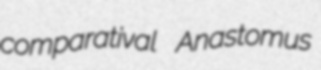
comparatival Anastomus